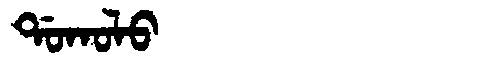
Manchu: ᡩᠣᡴᠣᠯᠣ
Romanization: DOKOLO